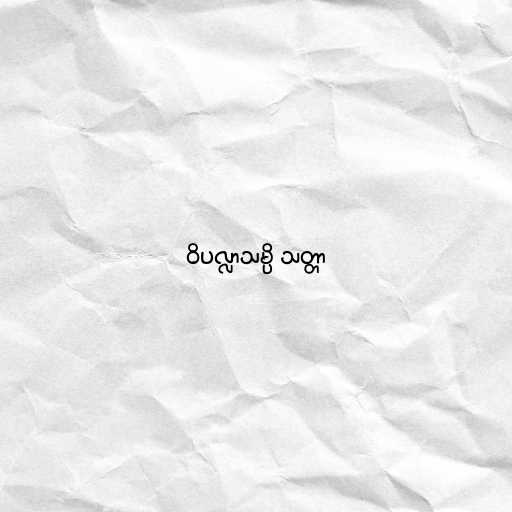
ဝိပလ္လာသမ္ပိ သတ္တာ